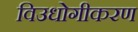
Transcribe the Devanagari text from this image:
विउधोगीकरण